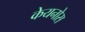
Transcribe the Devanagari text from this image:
केयनोस